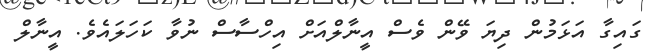
ގައިގާ އަޅަމުން ދިޔަ ވޭން ވެސް އީނާލްއަށް އިހްސާސް ނުވާ ކަހަލައެވެ. އީނާލް